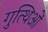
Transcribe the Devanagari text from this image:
गुत्थिओं